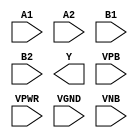
/**
 * Copyright 2020 The SkyWater PDK Authors
 *
 * Licensed under the Apache License, Version 2.0 (the "License");
 * you may not use this file except in compliance with the License.
 * You may obtain a copy of the License at
 *
 *     https://www.apache.org/licenses/LICENSE-2.0
 *
 * Unless required by applicable law or agreed to in writing, software
 * distributed under the License is distributed on an "AS IS" BASIS,
 * WITHOUT WARRANTIES OR CONDITIONS OF ANY KIND, either express or implied.
 * See the License for the specific language governing permissions and
 * limitations under the License.
 *
 * SPDX-License-Identifier: Apache-2.0
 */

`ifndef SKY130_FD_SC_HVL__A22OI_PP_SYMBOL_V
`define SKY130_FD_SC_HVL__A22OI_PP_SYMBOL_V

/**
 * a22oi: 2-input AND into both inputs of 2-input NOR.
 *
 *        Y = !((A1 & A2) | (B1 & B2))
 *
 * Verilog stub (with power pins) for graphical symbol definition
 * generation.
 *
 * WARNING: This file is autogenerated, do not modify directly!
 */

`timescale 1ns / 1ps
`default_nettype none

(* blackbox *)
module sky130_fd_sc_hvl__a22oi (
    //# {{data|Data Signals}}
    input  A1  ,
    input  A2  ,
    input  B1  ,
    input  B2  ,
    output Y   ,

    //# {{power|Power}}
    input  VPB ,
    input  VPWR,
    input  VGND,
    input  VNB
);
endmodule

`default_nettype wire
`endif  // SKY130_FD_SC_HVL__A22OI_PP_SYMBOL_V